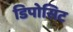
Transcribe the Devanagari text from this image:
डिपोसिट